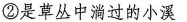
②是草丛中淌过的小溪